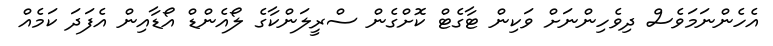
އެހެންނަމަވެސް ދިވެހިންނަށް ވަކިން ޓާގެޓް ކޮށްގެން ސްރީލަންކާގެ ލޯއެންޑް އޯޑާއިން އެފަދަ ކަމެއް